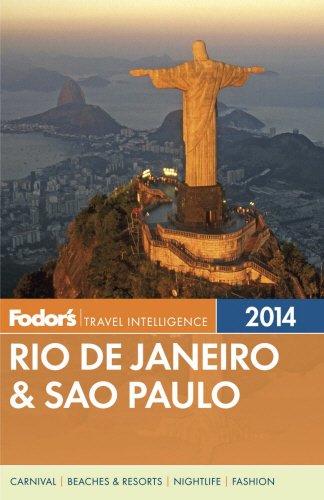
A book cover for Fodor's Rio de Janeiro & Sao Paulo (Travel Guide); Fodor's; Travel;